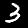
Digit: 3